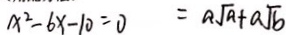
x ^ { 2 } - 6 x - 1 0 = 0 = a \sqrt { a } + a \sqrt { b }